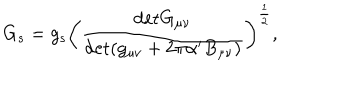
G _ { s } = g _ { s } \biggl ( \frac { \mathrm { d e t } G _ { \mu \nu } } { \mathrm { d e t } ( g _ { \mu \nu } + 2 \pi \alpha ^ { \prime } B _ { \mu \nu } ) } \biggr ) ^ { \frac { 1 } { 2 } } ,